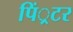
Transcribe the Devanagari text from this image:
पिं्रटर